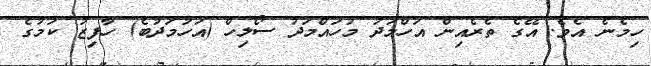
ހިމެނެ އެވެ. އޭގެ ތެރެއިން އަހްމަދު މުހައްމަދު ސޯލިހް (އަހުމަދުބެ) ހާފިޒު ކަމުގެ